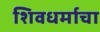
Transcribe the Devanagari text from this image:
शिवधर्माचा